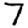
Digit: 7